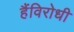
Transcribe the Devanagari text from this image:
हैंविरोधी